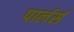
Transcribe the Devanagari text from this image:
पार्लर्स